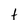
Character: t